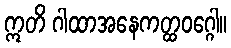
ဣတိ ဂါထာအနေကတ္ထဝဂ္ဂေါ။